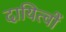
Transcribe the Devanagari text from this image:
दायित्‍वों